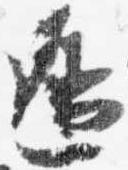
辺